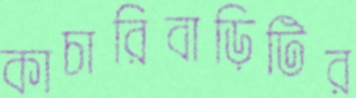
কাচারিবাড়িটির